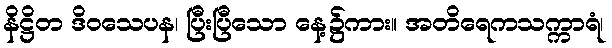
နိဋ္ဌိတ ဒိဝသေပန၊ ပြီးပြီသော နေ့၌ကား။ အတိရေကသက္ကာရံ၊